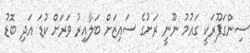
ސިންގަޕޫރަކީ ގައުމު ނޫނީ ރަށުގެ ސައިޒަށް ބަލާއިރު ވަރަށް ކުޑަ އަދި ބޮޑު